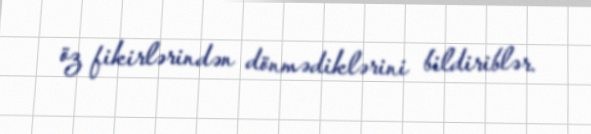
öz fikirlərindən dönmədiklərini bildiriblər.